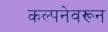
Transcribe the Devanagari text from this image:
कल्पनेवरून